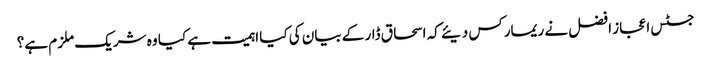
جسٹس اعجاز افضل نے ریمارکس دیئے کہ اسحاق ڈار کے بیان کی کیا اہمیت ہے کیا وہ شریک ملزم ہے؟